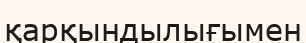
қарқындылығымен